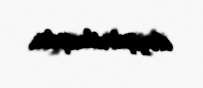
dəyişdirilmişdir.